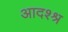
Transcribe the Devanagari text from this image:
आदश्श्र